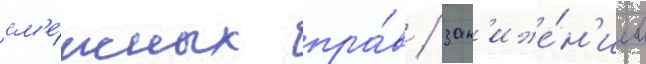
см'е́жных пра́в / зан'иже́н'ием